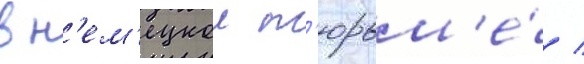
в н'ем'ецкои т'юрьм'е́ /